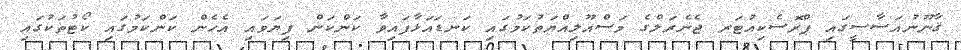
ޤާނޫނުއަސާސީގައި ޕްރޮސެކިއުޓަރ ޖެނެރަލްގެ މަސްއޫލިއްޔަތުކަމުގައި ކަނޑައަޅާފައިވާ ކަންކަން ފިޔަވައި އެހެން ކަންކަމުގައި ކޯޓުތަކުގައި